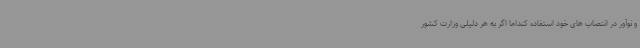
و نوآور در انتصاب های خود استفاده کنداما اگر به هر دلیلی وزارت کشور